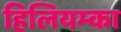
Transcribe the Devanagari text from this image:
हिलियम्का